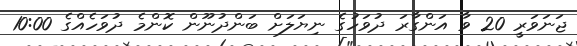
ޖަނަވަރީ 20 ވާ އަންގާރަ ދުވަހުގެ ނިޔަލަށް ބަންދުނޫން ކޮންމެ ދުވަހެއްގެ 10:00